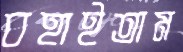
বহাইতাম